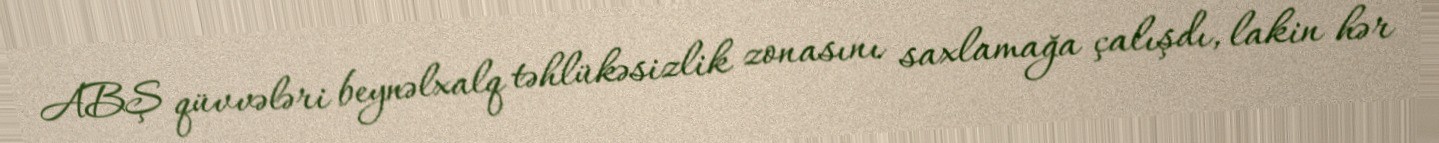
ABŞ qüvvələri beynəlxalq təhlükəsizlik zonasını saxlamağa çalışdı, lakin hər